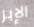
الإبر